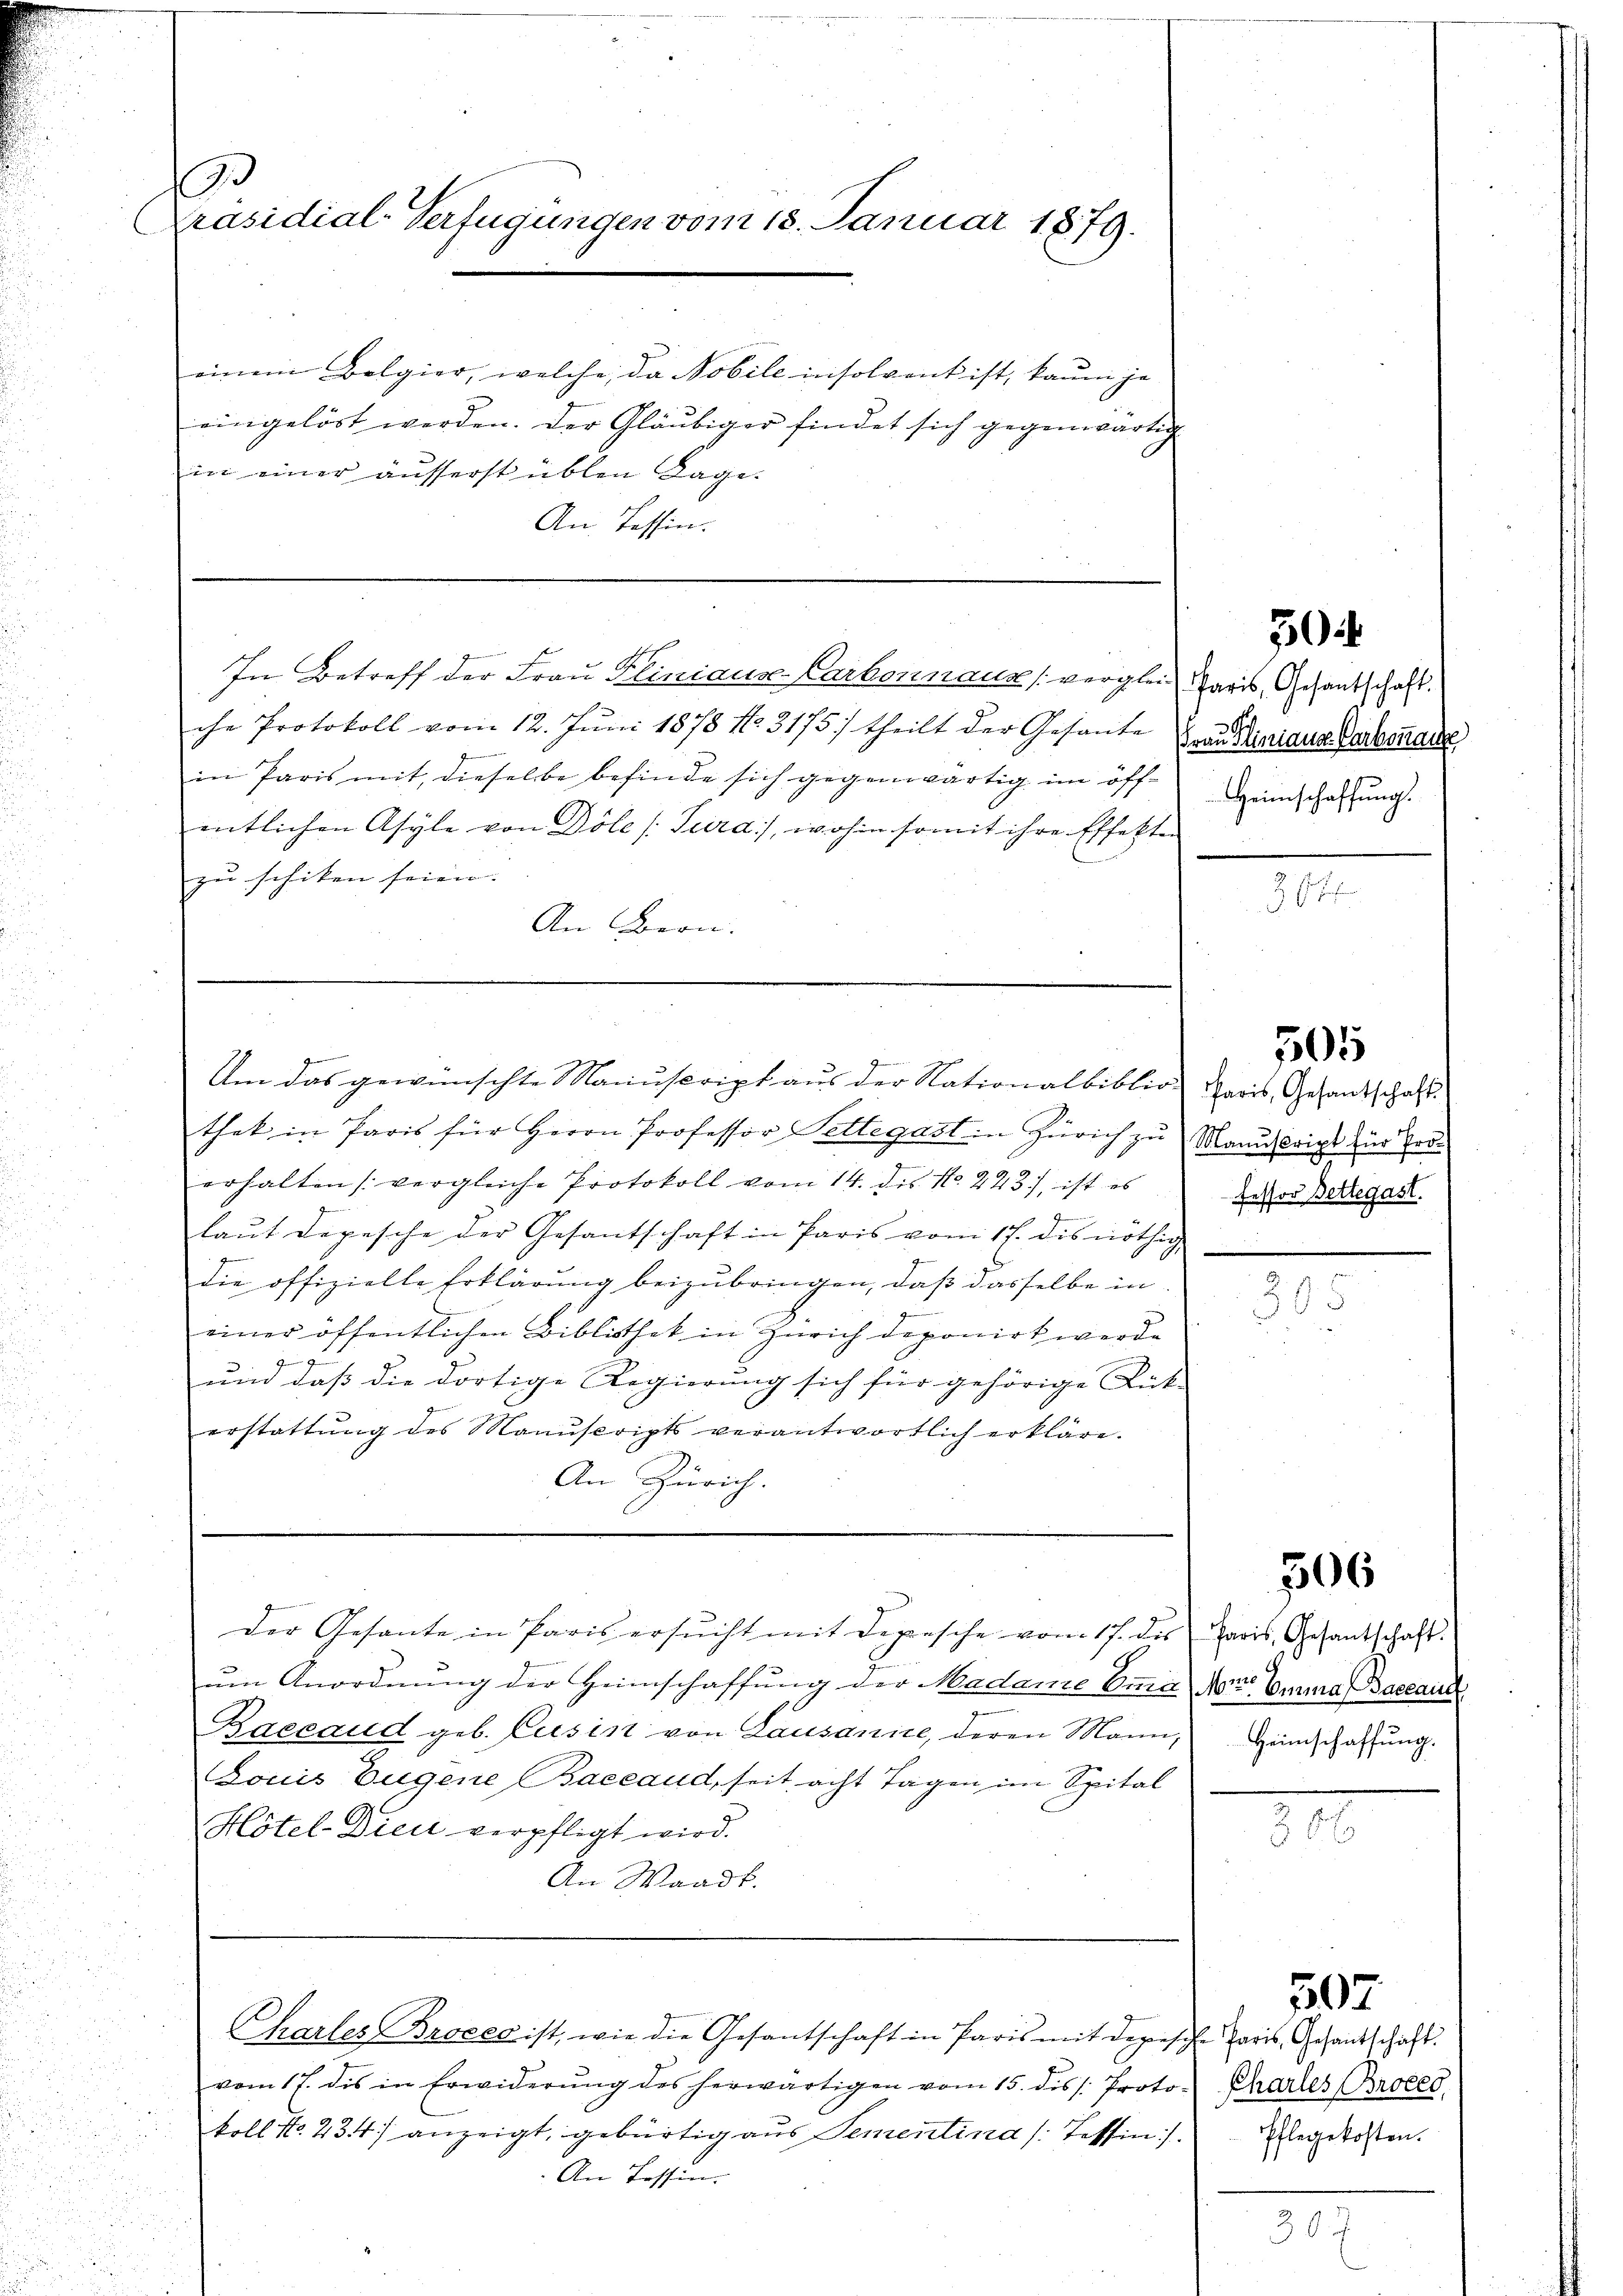
s
Präsidial-Verfügungen vom 13. Januar 1879.

einem Belgier, welche, da Nobile insolvent ist, kaum je
eingelöst werden. Der Gläubiger findet sich gegenwärtig
in einer äusserst üblen Lage.
An Tessin.

In Betreff der Frau Kliniaus Carbonnaus vergleich Paris, Gesantschaft.

Um das gewünschte Manuscript aus der Nationalbiblio Paris, Gesandschaft

che Protokoll vom 12. Juni 1878 No. 3175) theilt der Gesante und Mariana Baromane
in Paris mit, dieselbe befinde sich gegenwärtig im öffentlichen Asyle von Döle (Turd), wohin somit ihre Effekten
zu schiken seien. |
An Bern.

Der Gesante in Paris ersŭcht mit Depesche vom 17. des Paris, Gesantschaft.

Chartes Broces ist, wie die Gesantschaft in Paris mit depesche Paris, Gesandtschaft.

that in Paris für Herrn Professor Pettegast in Zürich zu Manuskript für Proerhalten vergleiche Protokoll vom 14. des N. 223), ist es
n
laŭt Depesche der Gesantschaft in Paris vom 17. dis nöthig
die offizielle Erklärung beizubringen, daß dasselbe in
einer öffentlichen Bibliothek in Zürich deponirt werde

ŭm daβ die dortige Regierŭng sich für gehörige Lück
1
erstattung des Manuscripts verantwortlich erkläre.
An Zürich.

vom 17. des in Erwiderung des herwärtigen vom 15. diss. Protokoll No. 234) anzeigt, gebürtig aus Sementina (Tessin:/. legekosten.
An Tessin.

um Anordnung der Heimschaffung der Madame Anna
Baccaud geb. Cusis von Lausanne, deren Mann, Hinschaffung.
Louis Eugene Baccaud, seit acht Tagen im Spital
Hôtel-Dien verpfligt wird.
An Waadt.

30

Heimschaffung.

505

fessor Bettegast.

R. 1.
38

306

Min. Emma Baccauc

Pharles Broces,

507